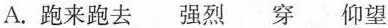
A.跑来跑去强烈穿仰望